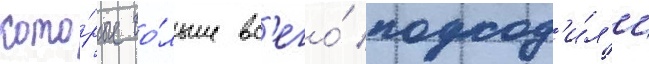
кото́рые бо́льше вс'его́ подход'и́л'и